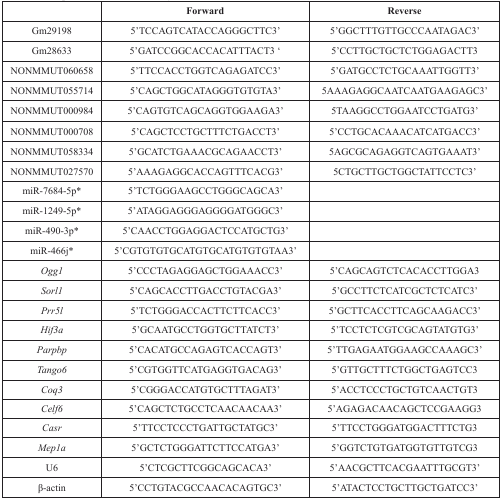
<table><thead><tr><td></td><td><b>Forward</b></td><td><b>Reverse</b></td></tr></thead><tbody><tr><td>Gm29198</td><td>5′TCCAGTCATACCAGGGCTTC3′</td><td>5′GGCTTTGTTGCCCAATAGAC3′</td></tr><tr><td>Gm28633</td><td>5′GATCCGGCACCACATTTACT3 ‘</td><td>5′CCTTGCTGCTCTGGAGACTT3</td></tr><tr><td>NONMMUT060658</td><td>5′TTCCACCTGGTCAGAGATCC3′</td><td>5′GATGCCTCTGCAAATTGGTT3′</td></tr><tr><td>NONMMUT055714</td><td>5′CAGCTGGCATAGGGTGTGTA3′</td><td>5AAAGAGGCAATCAATGAAGAGC3′</td></tr><tr><td>NONMMUT000984</td><td>5′CAGTGTCAGCAGGTGGAAGA3′</td><td>5TAAGGCCTGGAATCCTGATG3′</td></tr><tr><td>NONMMUT000708</td><td>5′CAGCTCCTGCTTTCTGACCT3′</td><td>5′CCTGCACAAACATCATGACC3′</td></tr><tr><td>NONMMUT058334</td><td>5′GCATCTGAAACGCAGAACCT3′</td><td>5AGCGCAGAGGTCAGTGAAAT3′</td></tr><tr><td>NONMMUT027570</td><td>5′AAAGAGGCACCAGTTTCACG3′</td><td>5CTGCTTGCTGGCTATTCCTC3′</td></tr><tr><td>miR-7684-5p*</td><td>5′TCTGGGAAGCCTGGGCAGCA3′</td><td></td></tr><tr><td>miR-1249-5p*</td><td>5′ATAGGAGGGAGGGGATGGGC3′</td><td></td></tr><tr><td>miR-490-3p*</td><td>5′CAACCTGGAGGACTCCATGCTG3′</td><td></td></tr><tr><td>miR-466j*</td><td>5′CGTGTGTGCATGTGCATGTGTGTAA3′</td><td></td></tr><tr><td><i>Ogg1</i></td><td>5′CCCTAGAGGAGCTGGAAACC3′</td><td>5′CAGCAGTCTCACACCTTGGA3</td></tr><tr><td><i>Sorl1</i></td><td>5′CAGCACCTTGACCTGTACGA3′</td><td>5′GCCTTCTCATCGCTCTCATC3′</td></tr><tr><td><i>Prr5l</i></td><td>5′TCTGGGACCACTTCTTCACC3′</td><td>5′GCTTCACCTTCAGCAAGACC3′</td></tr><tr><td><i>Hif3a</i></td><td>5′GCAATGCCTGGTGCTTATCT3′</td><td>5′TCCTCTCGTCGCAGTATGTG3′</td></tr><tr><td><i>Parpbp</i></td><td>5′CACATGCCAGAGTCACCAGT3′</td><td>5′TTGAGAATGGAAGCCAAAGC3′</td></tr><tr><td><i>Tango6</i></td><td>5′CGTGGTTCATGAGGTGACAG3′</td><td>5′GTTGCTTTCTGGCTGAGTCC3</td></tr><tr><td><i>Coq3</i></td><td>5′CGGGACCATGTGCTTTAGAT3′</td><td>5′ACCTCCCTGCTGTCAACTGT3</td></tr><tr><td><i>Celf6</i></td><td>5′CAGCTCTGCCTCAACAACAA3′</td><td>5′AGAGACAACAGCTCCGAAGG3</td></tr><tr><td><i>Casr</i></td><td>5′TTCCTCCCTGATTGCTATGC3′</td><td>5′TTCCTGGGATGGACTTTCTG3</td></tr><tr><td><i>Mep1a</i></td><td>5′GCTCTGGGATTCTTCCATGA3′</td><td>5′GGTCTGTGATGGTGTTGTCG3</td></tr><tr><td>U6</td><td>5′CTCGCTTCGGCAGCACA3′</td><td>5′AACGCTTCACGAATTTGCGT3′</td></tr><tr><td>β-actin</td><td>5′CCTGTACGCCAACACAGTGC3′</td><td>5′ATACTCCTGCTTGCTGATCC3′</td></tr></tbody></table>